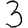
Digit: 3